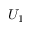
U _ { 1 }